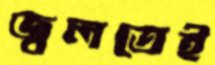
জ্বলতেই